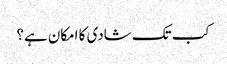
کب تک شادی کا امکان ہے؟